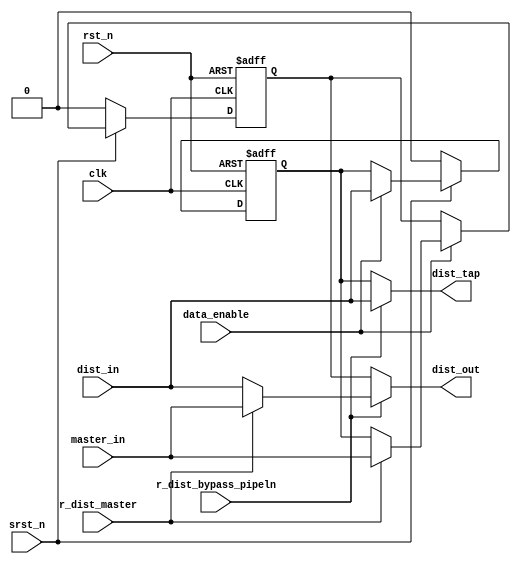
// This program was cloned from: https://github.com/chipsalliance/aib-phy-hardware
// License: Apache License 2.0

// SPDX-License-Identifier: Apache-2.0
// Copyright (C) 2019 Intel Corporation. 
//------------------------------------------------------------------------
// (C) 2009 Altera Corporation. .  
//
//------------------------------------------------------------------------
// Revision:    $Revision: #2 $
//------------------------------------------------------------------------
// Description: 
//
//------------------------------------------------------------------------


module hdpldadapt_cmn_cp_dist
  #(
    parameter ASYNC_RESET_VAL = 'd0,   // Asynchronous reset value
    parameter WIDTH           = 'd1    // Control width
    )
    (
    input  wire                clk,                      // clock
    input  wire                rst_n,                    // async reset
    input  wire                srst_n,                   // sync reset
    input wire                 data_enable,              // data enable / data valid
    input  wire [WIDTH-1:0]    master_in,                // master control signal
    input  wire [WIDTH-1:0]    dist_in,                  // CP distributed signal in 
    input  wire                r_dist_master,            // CRAM to control master or distributed
    input  wire                r_dist_bypass_pipeln,     // CRAM combo or registered
    output  wire [WIDTH-1:0]   dist_out,                 // CP distributed signal out
    output  wire [WIDTH-1:0]   dist_tap                  // CP output for this channel
     );

   reg [WIDTH-1:0]          dist_1;
   reg [WIDTH-1:0]          dist_2;

   reg [WIDTH-1:0]         dist_1_in;
   reg [WIDTH-1:0]          dist_2_in;
   reg [WIDTH-1:0]          dist_1_out;
   reg [WIDTH-1:0]          dist_2_out;


   // module outputs
   assign  dist_tap = dist_1_out;
   assign  dist_out = dist_2_out;
   
   
   always @*
     begin
        // default FF inputs to FF outputs
        dist_1_in = dist_1;
        dist_2_in = dist_2;

        // default stage outputs to FF outputs
        dist_1_out = dist_1;
        dist_2_out = dist_2;

        // set FF inputs
        if (data_enable)
          begin
             dist_1_in = dist_in;
             if (r_dist_master)
               begin
                  dist_2_in = master_in;
               end
             else
               begin
                  dist_2_in = dist_1_out;
               end
          end // if (data_enable)
        
        // set stage outputs
        if (r_dist_bypass_pipeln)
          begin
             dist_1_out = dist_in;
             if (r_dist_master)
               begin
                  dist_2_out = master_in;
               end
             else
               begin
                  dist_2_out = dist_1_out;
               end
          end // if (r_dist_bypass_pipeln)
        else
          begin
             dist_1_out = dist_1;
             dist_2_out = dist_2;
          end

     end // always @ *
      
   
   always @(negedge rst_n or posedge clk)
     begin
        if (~rst_n)
          begin
             dist_1 <= {WIDTH{ASYNC_RESET_VAL}};
             dist_2 <= {WIDTH{ASYNC_RESET_VAL}};
          end
        else if (~srst_n)
          begin
             dist_1 <= {WIDTH{ASYNC_RESET_VAL}};
             dist_2 <= {WIDTH{ASYNC_RESET_VAL}};
          end
        else 
          begin
             dist_1 <= dist_1_in;
             dist_2 <= dist_2_in;
          end
     end // always @ (negedge rst_n or posedge clk)

   
endmodule // hdpldadapt_cmn_cp_dist